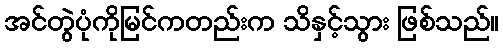
အင်တွဲပုံကိုမြင်ကတည်းက သိနှင့်သွား ဖြစ်သည်။